Report of the Municipal Commissioner on the plague in Bombay for the year ending 31st May... - Volume 1
Disease focus: Plague
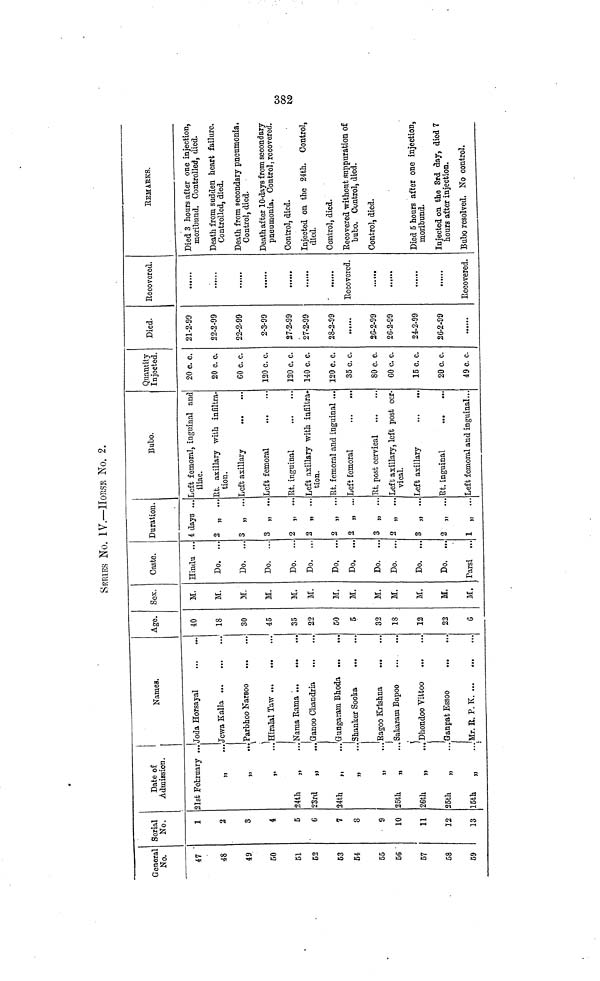
382
SERIES No. IV,—HORSE No. 2.
General
No.
47
48
49
50
51
C2
63
54
55
56
57
58
59
Serial
No.
1
2
3
4
5
G
7
0
9
10
11
12
13
Date of
Admission.
21sfc February ...
»ι
···
U
"
»>
··
24th
„
23rd
„
24th
„
»
···
»
25th
„
ι
26th
„
25th
„
5th
„
Namea.
'joda Horsayal
Jcwa Kalla
Parbhoo Narsoo
\
\
'ffiralal Taw
Ñama Rama ,
Ganoo Chandria
Gungararn Bhoda
Shanker Soofca
Eagoo Krishna
Sakarara Bapoo
Dhondoo Yifctoo
Sanpat Essoo
Mr. B. P. K. ...
I
Age.
40
18
30
45
35
22
50
5
32
IS
12
22
G
Sex.
M.
M.
M.
M.
M.
M.
M.
M.
M.
M.
M.
M.
M.
Caste.
Hindu ..
Do. ..
Do. ..
Do. ..
Do.
..
Do. ..
Do. ..
Do. ..
Do.
...
Do.
...
Do.
...
Do. ...
Parsi
Duration.
í days ..
2 „ ..
8 „ ..
3 „ ..
2 „ ..
2 „ ..
2 „ ..
2 „ ...
3 „ ...
2 „ ...
3 „ ...
2 „ -.
1 „ ...
Bubo.
Left femoral, inguinal anc
iliac.
Et. axillary with infiltra
tion.
Left axillary
Left femoral
Rt. inguinal
Left axillary with infiltra-
tion.
Rt. femoral and inguinal ...
Left femoral
Rt. post cervical
Left axillary, loft post cer-
vical.
Left axillary
...
...
Rt. inguinal
Left femoral and inguinal...
Quantity
Injected.
20 c. c.
20 c. c.
60 c. c.
120 c. c.
120 c. c.
140 c. c.
120 c. c.
35 c. c.
80 c. c.
60 c. c.
15 c. c.
20 c. c.
49 c. c.
Died.
21-2-99
22-2-99
22-2-99
2-3-99
27-2-99
27-2-99
28-2-99
2C-2-99
26-2-99
24-2-99
26-2-99
Recovered.
Recovered.
......
Recovered.
REMAKKS.
Died 3 hours after one injection,
moribund. Controlled, died.
Death from sadden heart failure.
Controlled, died.
Death from secondary pneumonia.
Control, died.
Death after ΙΟ-days from secondary
pneumonia. Control, recovered.
Control, died.
Injected on the 24th. Control,
died.
Control, died.
Recovered without suppuration of
bubo. Control, died.
Control, died.
Died 5 hours after one injection,
moribund.
Injected on the 3rd day, died 7
hours after injection.
Bubo resolved. No control.